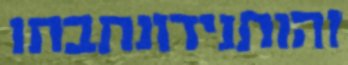
זהותנידונתבתו